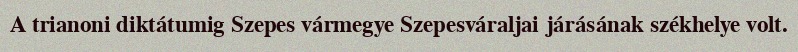
A trianoni diktátumig Szepes vármegye Szepesváraljai járásának székhelye volt.